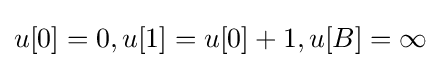
u[0]=0,u[1]=u[0]+1,u[B]=\infty